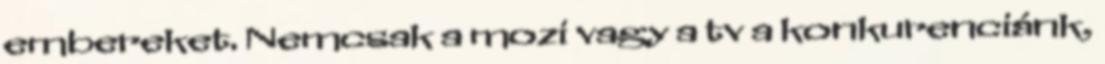
embereket. Nemcsak a mozi vagy a tv a konkurenciánk,